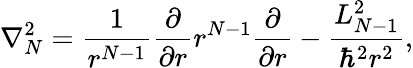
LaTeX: \nabla_{N}^{2}=\frac{1}{r^{N-1}}\frac{\partial}{\partial r}r^{N-1}\frac{\partial}{\partial r}-\frac{L_{N-1}^{2}}{\hbar^{2}r^{2}},